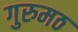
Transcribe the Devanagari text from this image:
गुरुमठ